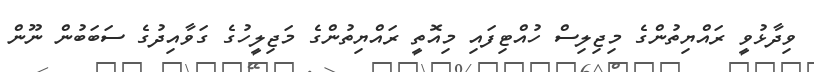
ވިދާޅުވީ ރައްޔިތުންގެ މިޖިލިސް ހުއްޓިފައި މިއޮތީ ރައްޔިތުންގެ މަޖިލީހުގެ ގަވާއިދުގެ ސަބަބުން ނޫން